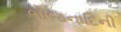
ભોજનાદિની